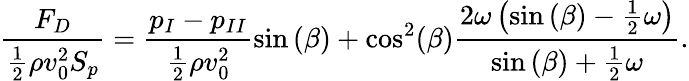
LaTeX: \frac{F_{D}}{\frac{1}{2}\rho v_{0}^{2}S_{p}}={}\frac{{p_{I}}-{p_{II}}}{\frac{1}{2}\rho v_{0}^{2}}\sin{(\beta)}+\cos^{2}(\beta)\frac{2\omega\left(\sin{(\beta)}-\frac{1}{2}\omega\right)}{\sin{(\beta)}+\frac{1}{2}\omega}.